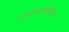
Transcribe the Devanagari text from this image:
रामाबरोबरीने